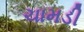
ચામડી